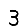
Digit: 3